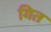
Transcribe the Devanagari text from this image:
गित